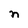
Character: n